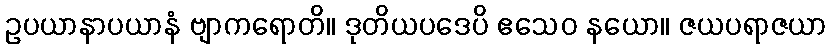
ဥပယာနာပယာနံ ဗျာကရောတိ။ ဒုတိယပဒေပိ ဧသေဝ နယော။ ဇယပရာဇယာ